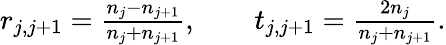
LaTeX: \begin{array}{r}{r_{j,j+1}=\frac{n_{j}-n_{j+1}}{n_{j}+n_{j+1}},\qquad t_{j,j+1}=\frac{2n_{j}}{n_{j}+n_{j+1}}.}\end{array}